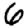
Digit: 6